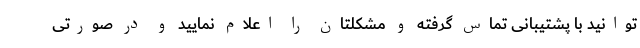
‌توانید با پشتیبانی تماس گرفته و مشکلتان را اعلام نمایید و در صورتی